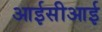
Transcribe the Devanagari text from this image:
आईसीआई